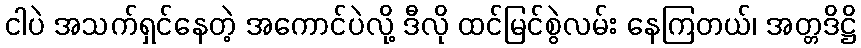
ငါပဲ အသက်ရှင်နေတဲ့ အကောင်ပဲလို့ ဒီလို ထင်မြင်စွဲလမ်း နေကြတယ်၊ အတ္တဒိဋ္ဌိ